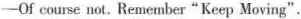
-Of course not. Remember"Keep Moving".